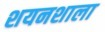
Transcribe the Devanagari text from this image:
शयनशाला